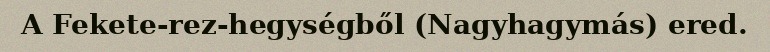
A Fekete-rez-hegységből (Nagyhagymás) ered.